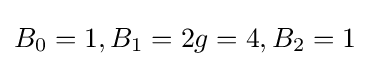
B_{0}=1,B_{1}=2g=4,B_{2}=1